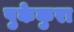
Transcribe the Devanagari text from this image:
पुकेकुरा